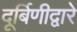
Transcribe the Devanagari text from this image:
दूर्बिणीद्वारे